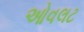
ઓવલટ